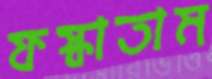
ফস্‌কাতাম